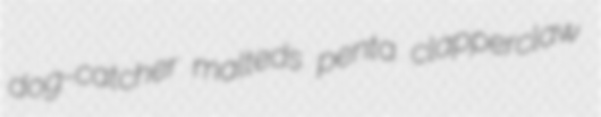
dog-catcher malteds penta clapperclaw